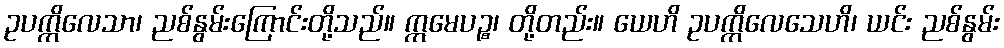
ဥပက္ကိလေသာ၊ ညစ်နွမ်းကြောင်းတို့သည်။ ဣမေပဉ္စ၊ တို့တည်း။ ယေဟိ ဥပက္ကိလေသေဟိ၊ ယင်း ညစ်နွမ်း